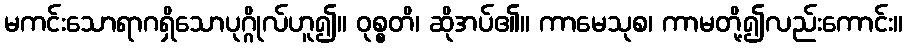
မကင်းသောရာဂရှိသောပုဂ္ဂိုလ်ဟူ၍။ ဝုစ္စတိ၊ ဆိုအပ်၏။ ကာမေသုစ၊ ကာမတို့၍လည်းကောင်း။